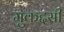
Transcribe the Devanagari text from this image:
मुकद्दसी